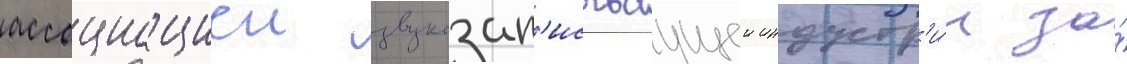
ассоциациеи звукозап'исываущеи индустр'и́и за́